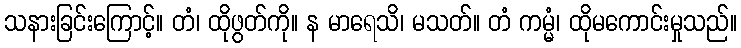
သနားခြင်းကြောင့်။ တံ၊ ထိုဖွတ်ကို။ န မာရေသိ၊ မသတ်။ တံ ကမ္မံ၊ ထိုမကောင်းမှုသည်။